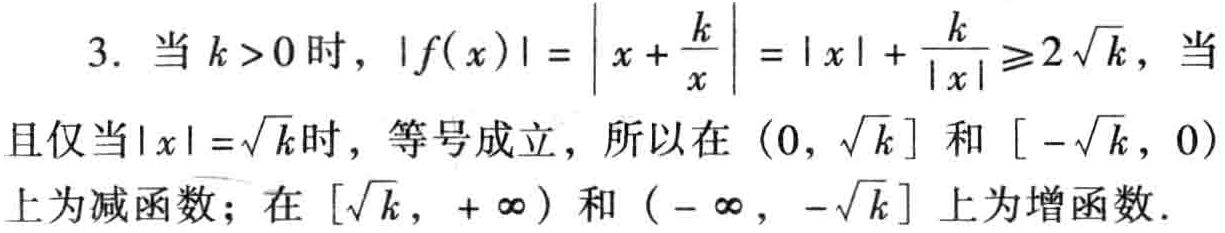
3. 当 \(k > 0\) 时，\(\vert f(x)\vert=\left\vert x+\frac{k}{x}\right\vert=\vert x\vert+\frac{k}{\vert x\vert}\geqslant2\sqrt{k}\)，当且仅当 \(\vert x\vert = \sqrt{k}\) 时，等号成立，所以在 \((0,\sqrt{k}]\) 和 \([-\sqrt{k},0)\) 上为减函数；在 \([\sqrt{k},+\infty)\) 和 \((-\infty,-\sqrt{k}]\) 上为增函数.